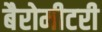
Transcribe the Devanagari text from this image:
बैरोमीटरी